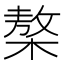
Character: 𣘢